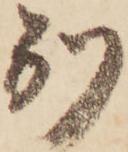
別